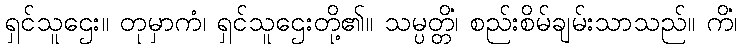
ရှင်သူဌေး။ တုမှာကံ၊ ရှင်သူဌေးတို့၏။ သမ္ပတ္တိံ၊ စည်းစိမ်ချမ်းသာသည်။ ကိံ၊